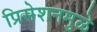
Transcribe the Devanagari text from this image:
प्रिसेशनमुळे